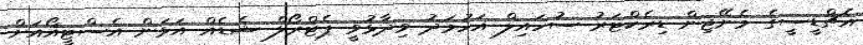
އެޗްޑީސީގެ މެނޭޖިން ޑިރެކްޓަރު ސުހައިލް އަހުމަދު ވިދާޅުވީ ޕެޓްރޯލް ޝެޑެއް އަޅަން އެސްޓީއޯއަށް